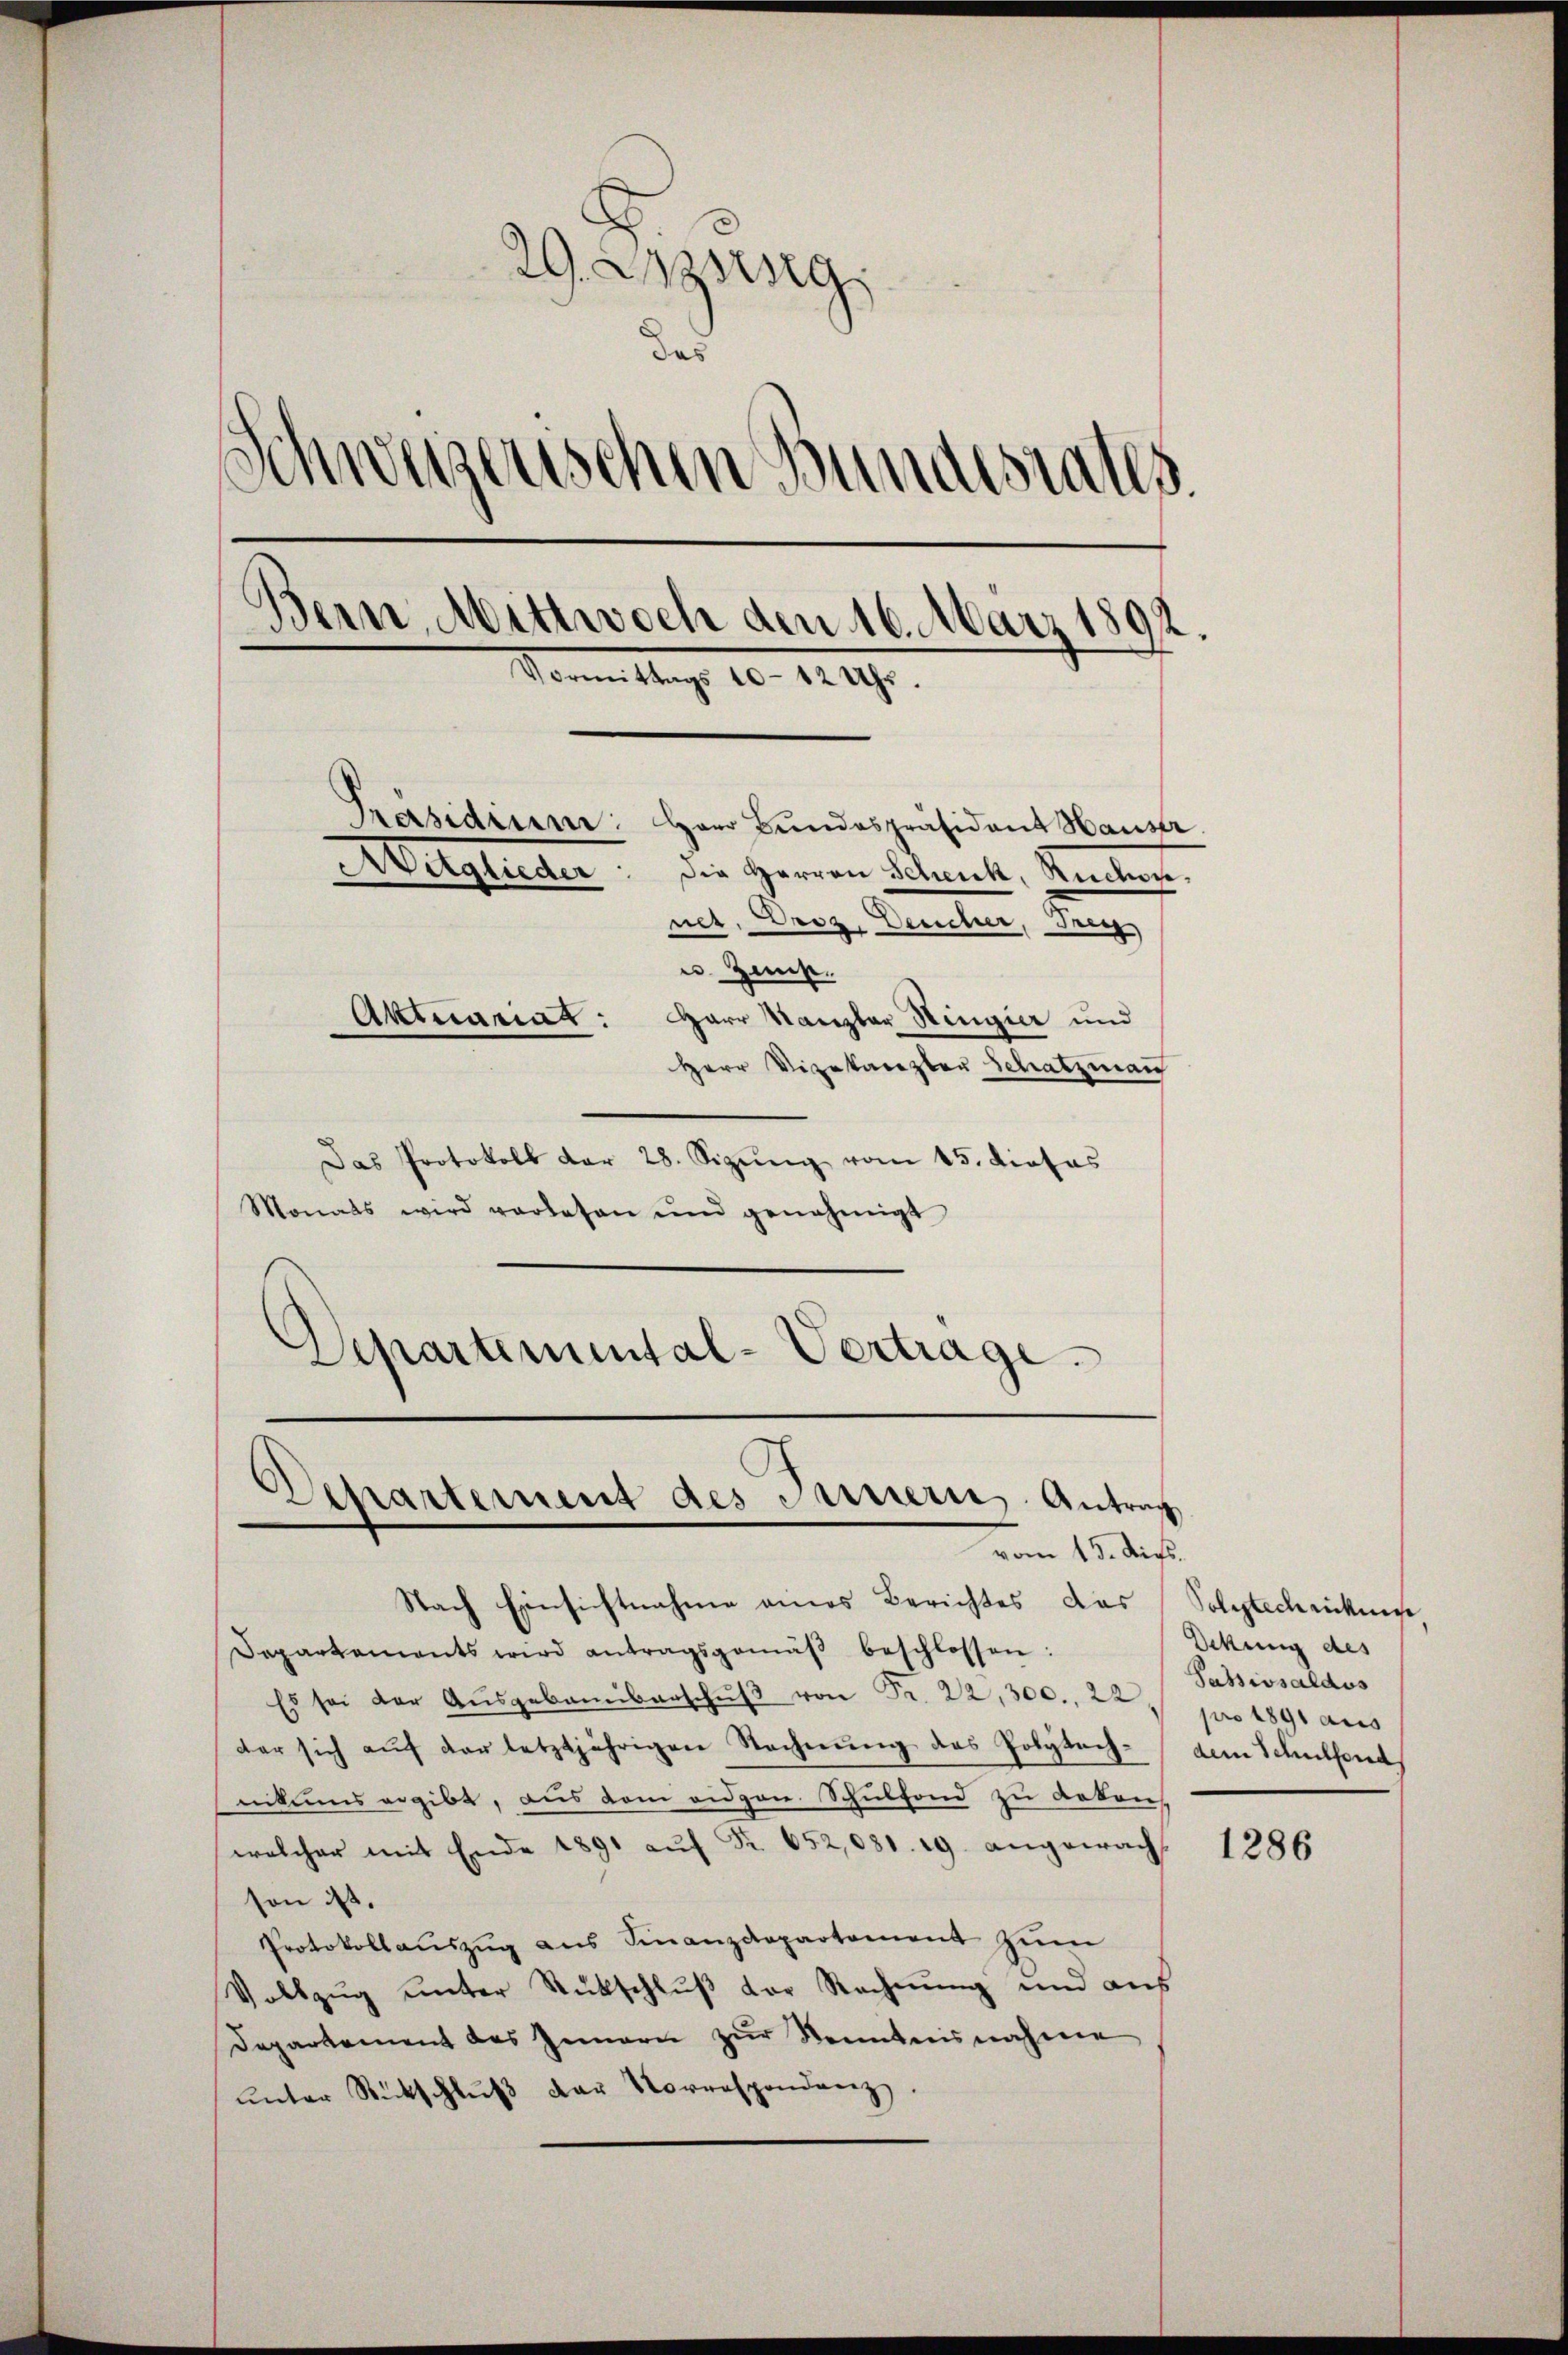
29. Anzeig
das
Schweizerischen Bundestalls
Bern, Mittwoch den 16. März 1892.
Vom Mag. 10. 1129.
Präsidium: Herr Bŭndespräsident Hauser.
Augliche
Die Herren Schenk, Rucker.
net. Orez. Deucher, Frey
u. Zist.
Harr Kanzler Hingier und
Aktuariat:
Herr Vizekasezter Schatzman

Das Protokoll der 28. Sizŭng vom 15. dieses
Monats wird verlesen ŭnd genehmigt
Departemental-Vertrage

8.)
spartement des Innern, Antrag
vom 15. Aufs.

Nach Einsichtnahme eines Berichtes das Solytechnickenge
Departements wird antragsgemäβ beschlossen:
Es sei der Ausgebaunbarschŭβ von Fr. 22,300., 22 pro 1891 aus
der sich aŭf der letztjährigen Rechnŭng des Polytech- dem Schulfond
nitums ergibt, aus dem eidgen. Schulfond zu dekens
welcher mit Ende 1891 aŭf Fr. 652,081. 19. angewacht
son ist.
Protokollaŭszŭg ans Finanzdepartement zŭm
Vollzŭg ŭnter Rückschlŭβ der Rechnŭng und aŭs
Departement des Innern zŭr Kenntnisnahme
ŭnter Rückschlŭβ der Vorrespondenz.

Ockung des
Sassivsaldus

1286